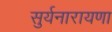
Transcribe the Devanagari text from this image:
सुर्यनारायणा